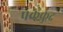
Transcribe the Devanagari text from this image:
पककुद